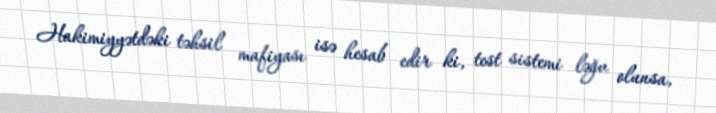
Hakimiyyətdəki təhsil mafiyası isə hesab edir ki, test sistemi ləğv olunsa,